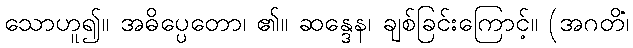
သောဟူ၍။ အဓိပ္ပေတော၊ ၏။ ဆန္ဒေန၊ ချစ်ခြင်းကြောင့်။ (အဂတိံ၊